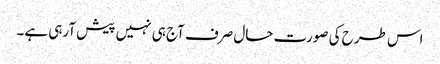
اس طرح کی صورت حال صرف آج ہی نہیں پیش آرہی ہے۔